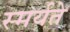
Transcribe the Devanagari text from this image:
स्मर्यते